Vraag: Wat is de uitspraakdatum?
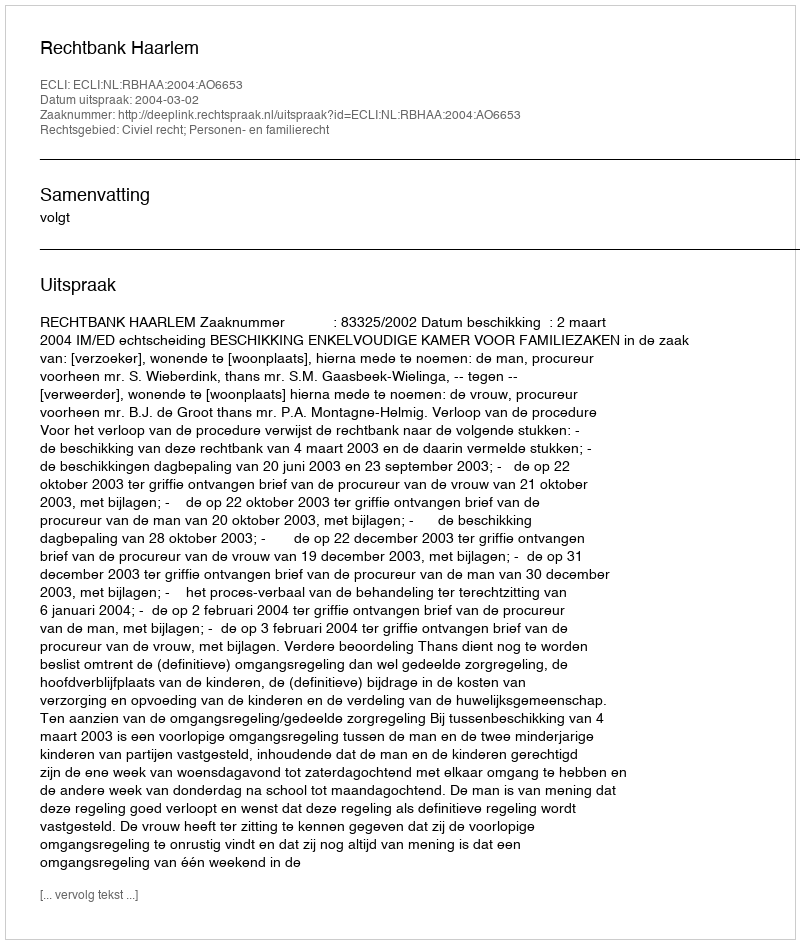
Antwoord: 2004-03-02